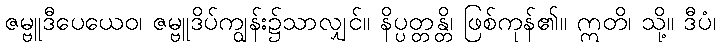
ဇမ္ဗူဒီပေယေဝ၊ ဇမ္ဗူဒိပ်ကျွန်း၌သာလျှင်။ နိပ္ပတ္တန္တိ၊ ဖြစ်ကုန်၏။ ဣတိ၊ သို့။ ဒီပံ၊